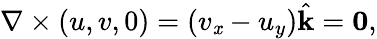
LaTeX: \nabla\times(u,v,0)=(v_{\mathit{x}}-u_{y}){\hat{{\mathbf{{k}}}}}=\mathbf{{0}},